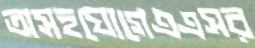
অসহযোগেএএসর